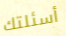
أسئلتك